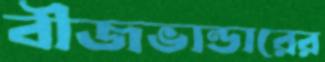
বীজভান্ডারের